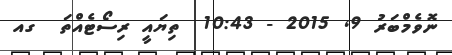
ނޮވެމްބަރު 9